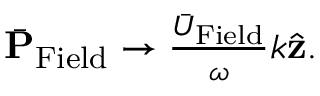
\begin{array} { r } { \bar { \bf P } _ { \mathrm { F i e l d } } \rightarrow \frac { \bar { U } _ { \mathrm { F i e l d } } } { \omega } k \hat { \bf z } . } \end{array}